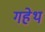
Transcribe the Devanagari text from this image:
गहेथ